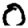
Digit: 0